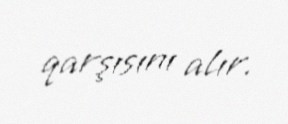
qarşısını alır.